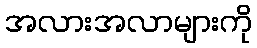
အလားအလာများကို